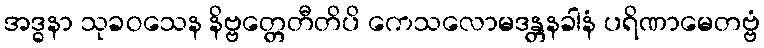
အဒ္ဓနာ သုခဝသေန နိဗ္ဗတ္တေတီတိပိ ကေသလောမဒန္တနခါနံ ပရိဏာမေတဗ္ဗံ